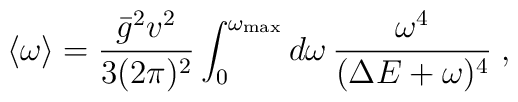
\langle \omega \rangle =\frac{\bar{g}^2 v^2}{3(2\pi)^2} \int_{0}^{\omega_{{\rm max}}} d\omega \, \frac{\omega^4}{(\Delta E+\omega)^4} \; ,